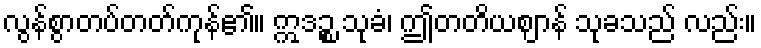
လွန်စွာတပ်တတ်ကုန်၏။ ဣဒဉ္စ သုခံ၊ ဤတတိယဈာန် သုခသည် လည်း။